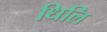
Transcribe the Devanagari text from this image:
धिलि